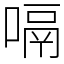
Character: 嗝